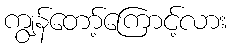
ကျွန်တော့်ကြောင့်လား